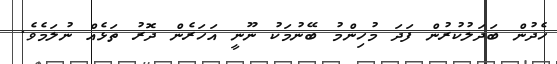
ހެދުން ބަދަލުކުރުން ފަދަ މުހިންމު ބޭނުމަކު ނޫނީ އަހަރެން ދޮރު ތަޅެއް ނުލަމެވެ.